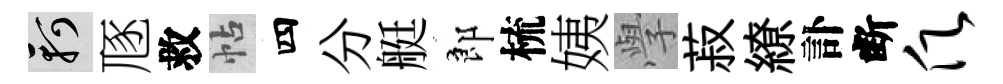
軻豗救帖四分艇郎梳姨𭓕菽繚訃断愿